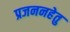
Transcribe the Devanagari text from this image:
प्रजननहेतु